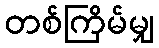
တစ်ကြိမ်မျှ